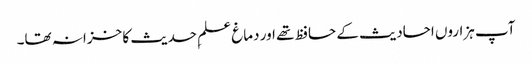
آپ ہزاروں احادیث کے حافظ تھے اور دماغ علمِ حدیث کا خزانہ تھا۔